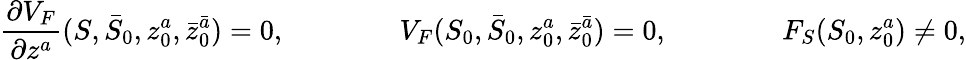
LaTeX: \frac{\partial V_{F}}{\partial z^{a}}(S,\bar{S}_{0},z_{0}^{a},\bar{z}_{0}^{\bar{a}})=0,\qquad\qquad V_{F}(S_{0},\bar{S}_{0},z_{0}^{a},\bar{z}_{0}^{\bar{a}})=0,\qquad\qquad F_{S}(S_{0},z_{0}^{a})\ne 0,